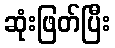
ဆုံးဖြတ်ပြီး